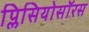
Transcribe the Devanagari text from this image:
प्लिसियोसॉरस